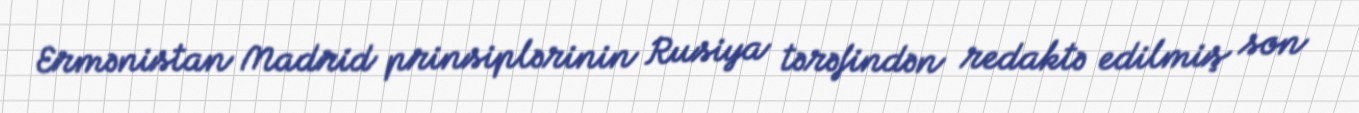
Ermənistan Madrid prinsiplərinin Rusiya tərəfindən redaktə edilmiş son